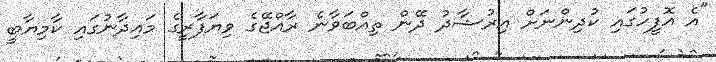
"އެ އޮފީހުގައި ކުދިންނަށް އިރުޝާދު ދޭން ތިއްބަވާނެ ރާއްޖޭގެ ވިޔަފާރީގެ މައިދާނުގައި ކާމިޔާބީ